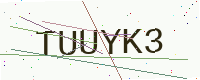
Text: TUUYK3